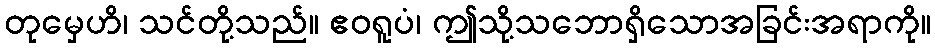
တုမှေဟိ၊ သင်တို့သည်။ ဧဝရူပံ၊ ဤသို့သဘောရှိသောအခြင်းအရာကို။